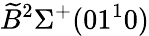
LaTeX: \widetilde{B}^{2}\Sigma^{+}(01^{1}0)